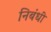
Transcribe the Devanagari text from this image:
निबंधी